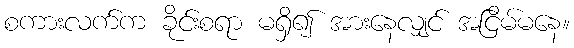
စကားလက်က ခိုင်းစရာ မရှိ၍ အားနေလျှင် အငြိမ်မနေ။